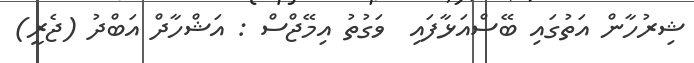
ޝިރުހާން އަތުގައި ބޭސްއަޅާފައި  ވަގުތު އިމޭޖްސް : އަޝްހާދް އަބްދު (ޖެރީ)